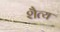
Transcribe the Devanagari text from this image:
शैत्य